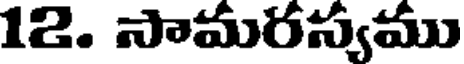
12. సామరస్యము